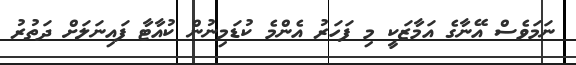
ނަމަވެސް އޭނާގެ އަމާޒަކީ މި ފަހަރު އެންމެ ކުޑަމިނުން ކުއާޓާ ފައިނަލަށް ދަތުރު